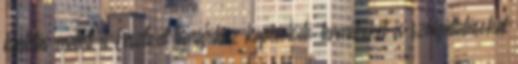
kiállítás mellett a Fesztivál témájához kapcsolódó termékeket és szolgáltatásokat